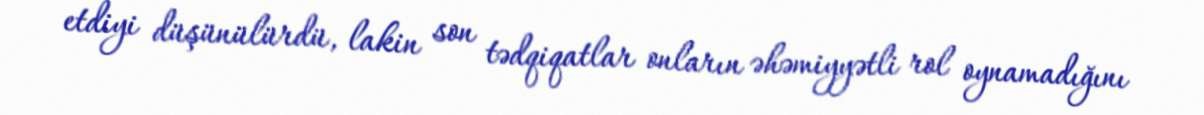
etdiyi düşünülürdü, lakin son tədqiqatlar onların əhəmiyyətli rol oynamadığını